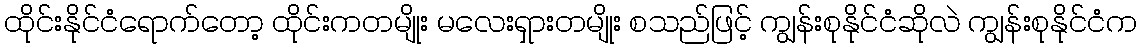
ထိုင်းနိုင်ငံရောက်တော့ ထိုင်းကတမျိုး မလေးရှားတမျိုး စသည်ဖြင့် ကျွန်းစုနိုင်ငံဆိုလဲ ကျွန်းစုနိုင်ငံက